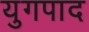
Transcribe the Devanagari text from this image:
युगपाद